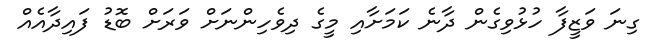
ގިނަ ވަޒީފާ ހުޅުވިގެން ދާނެ ކަމަށާއި މީގެ ދިވެހިންނަށް ވަރަށް ބޮޑު ފައިދާއެއް